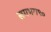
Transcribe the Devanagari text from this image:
लगभग९०